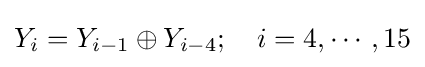
Y_{i}=Y_{i-1}\oplus Y_{i-4};\quad i=4,\cdots ,15